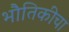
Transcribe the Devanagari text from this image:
भौतिकीचा